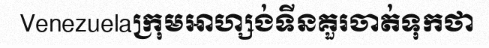
Venezuelaក្រុមអាហ្សង់ទីនគួរចាត់ទុកថា